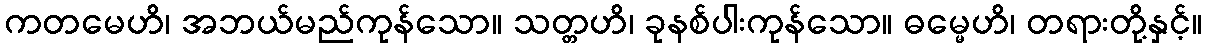
ကတမေဟိ၊ အဘယ်မည်ကုန်သော။ သတ္တဟိ၊ ခုနစ်ပါးကုန်သော။ ဓမ္မေဟိ၊ တရားတို့နှင့်။